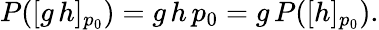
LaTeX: \begin{array}{r}{P([g\, h]_{p_{0}})=g\, h\, p_{0}=g\, P([h]_{p_{0}}).}\end{array}